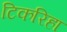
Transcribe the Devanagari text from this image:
टिकरिहा